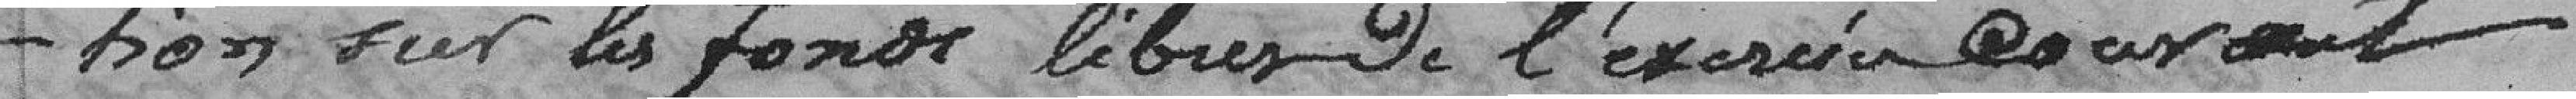
tion sur les fonds libres de l'exercice courant